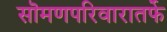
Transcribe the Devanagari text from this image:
सॊमणपरिवारातर्फे